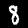
Label: 8